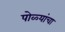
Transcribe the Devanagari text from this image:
पोळ्यांचा